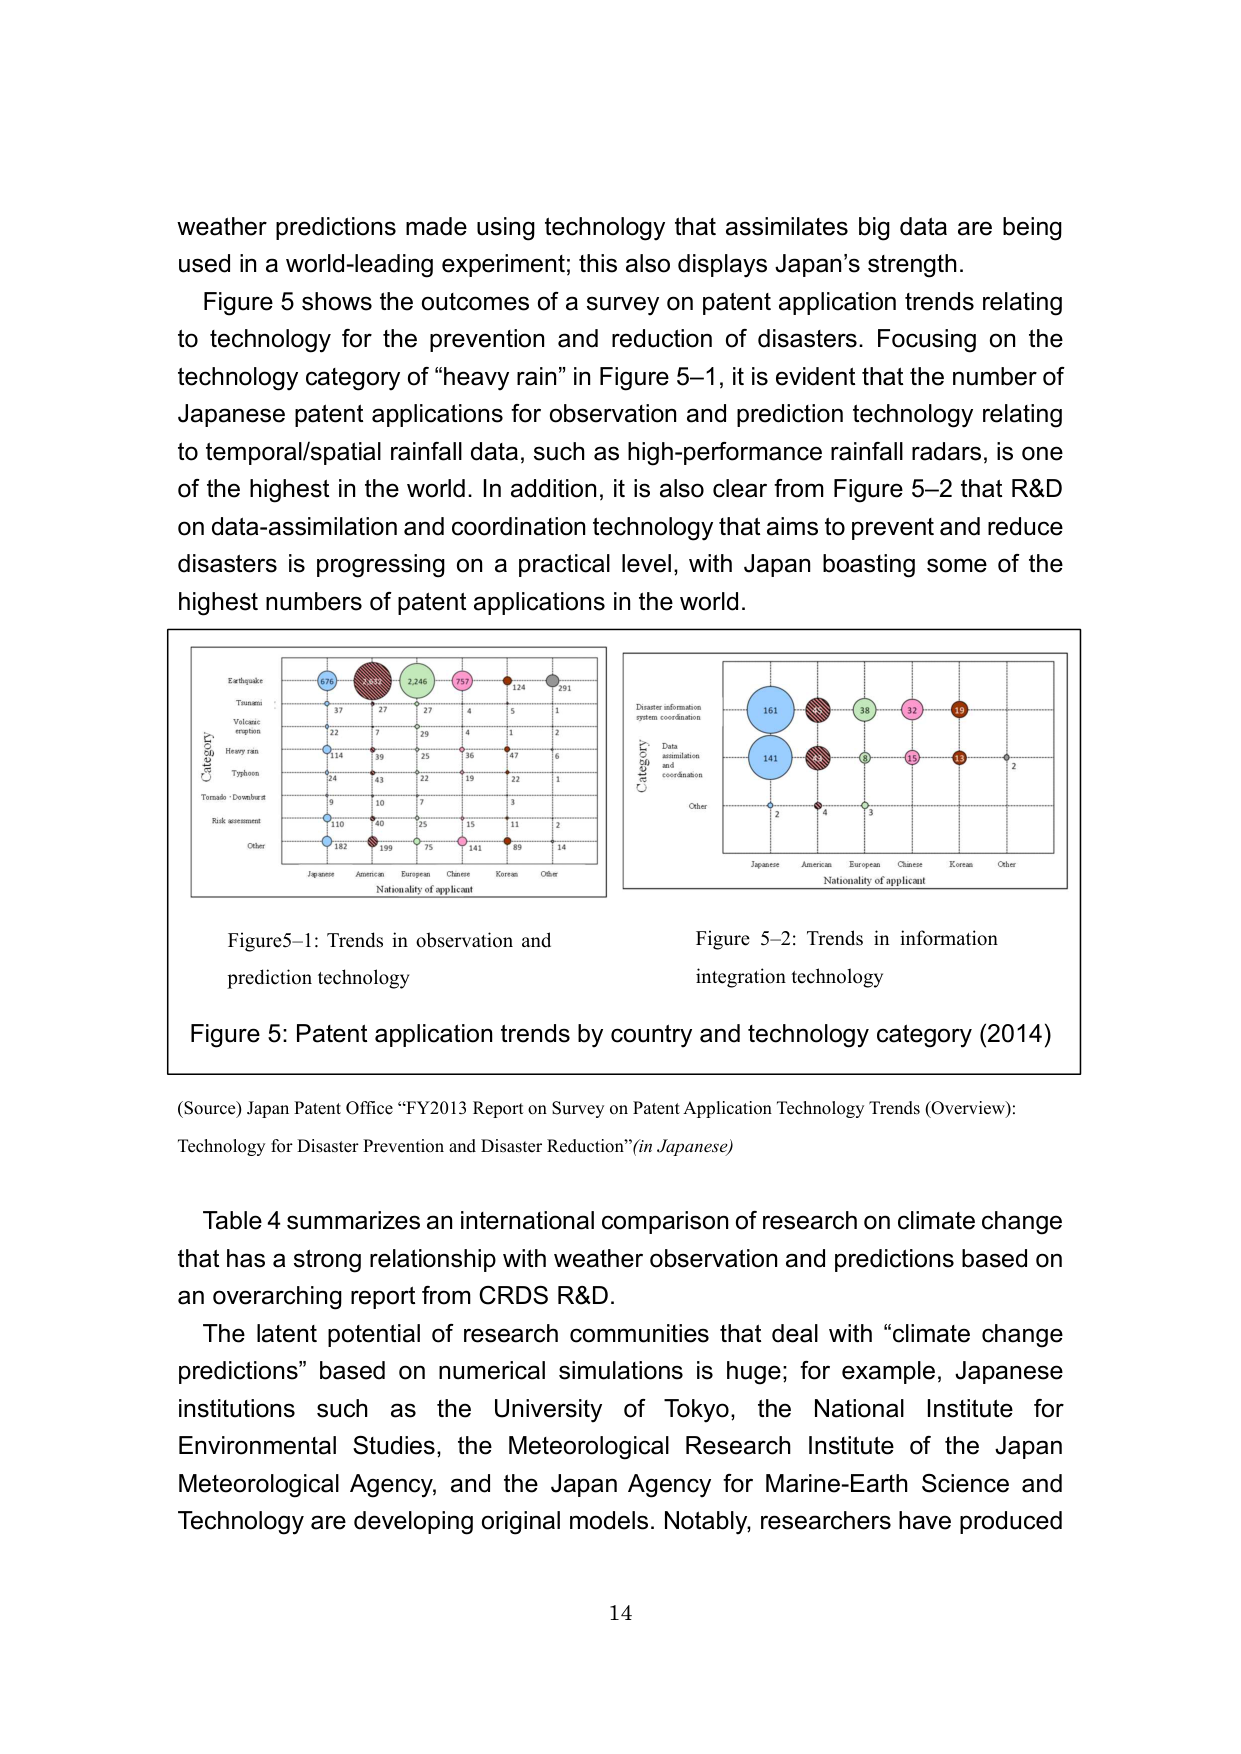
weather predictions made using technology that assimilates big data are being used in a world-leading experiment; this also displays Japan’s strength.

Figure 5 shows the outcomes of a survey on patent application trends relating to technology for the prevention and reduction of disasters. Focusing on the technology category of “heavy rain” in Figure 5–1, it is evident that the number of Japanese patent applications for observation and prediction technology relating to temporal/spatial rainfall data, such as high-performance rainfall radars, is one of the highest in the world. In addition, it is also clear from Figure 5–2 that R&D on data-assimilation and coordination technology that aims to prevent and reduce disasters is progressing on a practical level, with Japan boasting some of the highest numbers of patent applications in the world.

Figure5–1: Trends in observation and prediction technology

Figure 5–2: Trends in information integration technology

Figure 5: Patent application trends by country and technology category (2014)

(Source) Japan Patent Office “FY2013 Report on Survey on Patent Application Technology Trends (Overview): Technology for Disaster Prevention and Disaster Reduction” (in Japanese)

Table 4 summarizes an international comparison of research on climate change that has a strong relationship with weather observation and predictions based on an overarching report from CRDS R&D.

The latent potential of research communities that deal with “climate change predictions” based on numerical simulations is huge; for example, Japanese institutions such as the University of Tokyo, the National Institute for Environmental Studies, the Meteorological Research Institute of the Japan Meteorological Agency, and the Japan Agency for Marine-Earth Science and Technology are developing original models. Notably, researchers have produced

14

Category
Earthquake
Tsunami
Volcanic eruption
Heavy rain
Typhoon
Tornado · Downdraft
Risk assessment
Other

Nationality of applicant
Japanese
American
European
Chinese
Korean
Other

676
37
22
114
24
9
110
182

347
27
7
39
43
10
40
199

2,246
27
29
25
22
7
25
75

757
4
4
36
19
15
141

124
5
1
47
22
3
11
89

291
1
2
6
1
2
14

Category
Disaster information system coordination
Data assimilation and coordination
Other

Nationality of applicant
Japanese
American
European
Chinese
Korean
Other

161
141
2

38
32
19

38
15
15

2
4
3

2